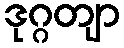
ဒုဂ္ဂတျာ